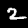
Label: 2